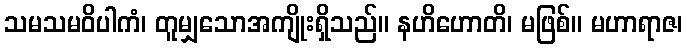
သမသမဝိပါကံ၊ တူမျှသောအကျိုးရှိသည်။ နဟိဟောတိ၊ မဖြစ်။ မဟာရာဇ၊